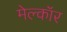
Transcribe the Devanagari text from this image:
मेल्कॉर